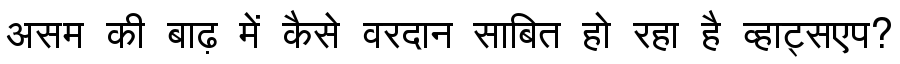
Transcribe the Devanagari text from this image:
असम की बाढ़ में कैसे वरदान साबित हो रहा है व्हाट्सएप?